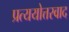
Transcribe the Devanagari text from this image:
प्रत्ययोत्तरवाद